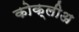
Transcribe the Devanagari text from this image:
कोक्लीअ